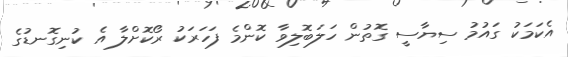
އެކަމަކު ގައުމު ސިޔާސީ ގޮތުން ހަލަބޮލިވާ ކޮންމެ ފަހަރަކު ރޯކޮށްލާ އެ ކުނިގޮނޑުގެ